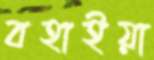
বহাইয়া